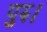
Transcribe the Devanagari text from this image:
पुरु।